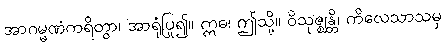
အာဂမ္မဏံကရိတွာ၊ အာရုံပြု၍။ ဣဓ၊ ဤသို့။ ဝိသုဇ္ဈန္တိ၊ ကိလေသာသမှ